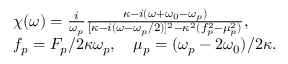
\begin{array} { r l } & { \chi ( \omega ) = \frac { i } { \omega _ { p } } \frac { \kappa - i ( \omega + \omega _ { 0 } - \omega _ { p } ) } { [ \kappa - i ( \omega - \omega _ { p } / 2 ) ] ^ { 2 } - \kappa ^ { 2 } ( f _ { p } ^ { 2 } - \mu _ { p } ^ { 2 } ) } , } \\ & { f _ { p } = F _ { p } / 2 \kappa \omega _ { p } , \quad \mu _ { p } = ( \omega _ { p } - 2 \omega _ { 0 } ) / 2 \kappa . } \end{array}